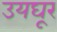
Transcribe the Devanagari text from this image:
उयघूर